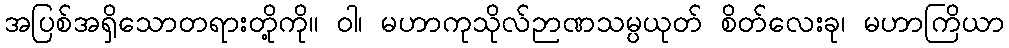
အပြစ်အရှိသောတရားတို့ကို။ ဝါ၊ မဟာကုသိုလ်ဉာဏသမ္ပယုတ် စိတ်လေးခု၊ မဟာကြိယာ